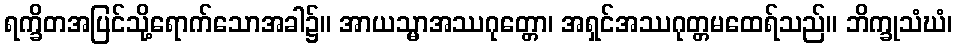
ရက္ခိတအပြင်သို့ရောက်သောအခါ၌။ အာယသ္မာအဿဂုတ္တော၊ အရှင်အဿဂုတ္တမထေရ်သည်။ ဘိက္ခုသံဃံ၊